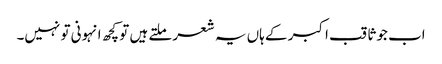
اب جو ثاقب اکبر کے ہاں یہ شعر ملتے ہیں تو کچھ انہونی تو نہیں۔